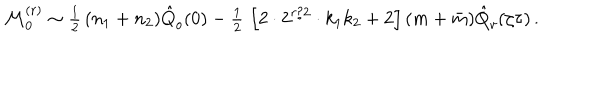
{ \cal M } _ { 0 } ^ { ( r ) } \sim { \textstyle { \frac { 1 } { 2 } } } \, ( n _ { 1 } + n _ { 2 } ) \hat { Q } _ { o } ( 0 ) - { \textstyle { \frac { 1 } { 2 } } } \, \left[ 2 \cdot 2 ^ { r / 2 } \cdot k _ { 1 } k _ { 2 } + 2 \right] ( m + \bar { m } ) \hat { Q } _ { v } ( \zeta \tau ) \, .